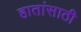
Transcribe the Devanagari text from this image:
हातांसाठी